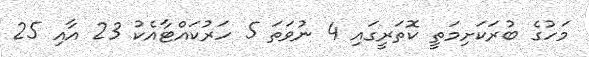
މަހުގެ ބުރަކަށިމަތީ ކޮތަރީގައި 4 ނުވަތަ 5 ހަރުކައްޓާއެކު 23 އާއި 25